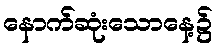
နောက်ဆုံးသောနေ့၌